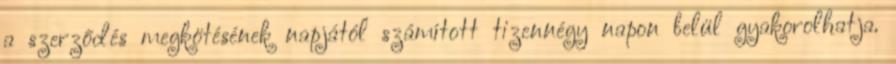
a szerződés megkötésének napjától számított tizennégy napon belül gyakorolhatja.